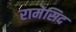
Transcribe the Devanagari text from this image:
रामेसिद